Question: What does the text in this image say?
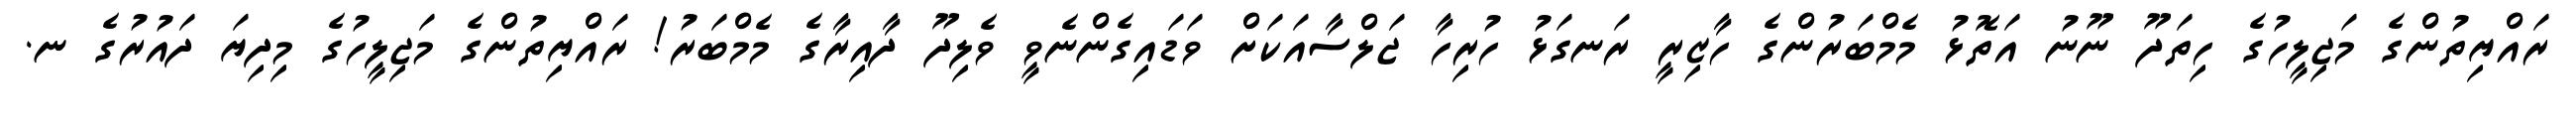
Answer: ރައްޔިތުންގެ މަޖިލީހުގެ ހިތަދޫ ނޫނު އަތޮޅު މެމްބަރުންގެ ހާޒިރީ ރަނގަޅު ހުރިހާ ޖަލްސާއަކަށް ވަޑައިގެންނެވީ ވެލިދޫ ދާއިރާގެ މެމްބަރު! ރައްޔިތުންގެ މަޖިލީހުގެ މިދިޔަ ދައުރުގެ ނ.